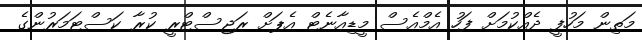
މަތިން މަހުފީ ދެއްކުމަށް ފަހު އެމްއެސް މީޑިއާނެޓް އެޕަށް ރަޖިސްޓްރީ ކުރާ ކަސްޓަމަރުންގެ